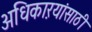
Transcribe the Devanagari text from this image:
अधिकाऱयांसाठी